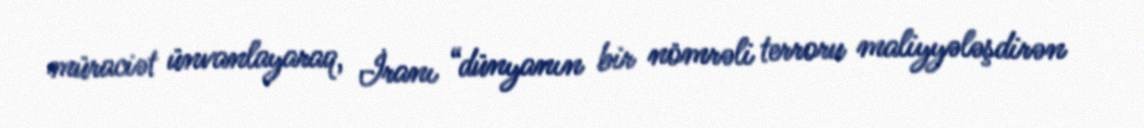
müraciət ünvanlayaraq, İranı “dünyanın bir nömrəli terroru maliyyələşdirən